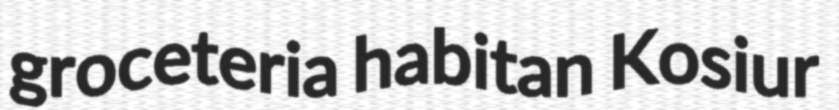
groceteria habitan Kosiur